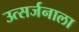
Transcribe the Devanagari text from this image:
उत्सर्जनाला